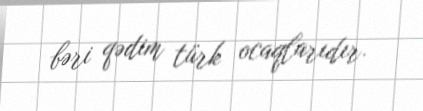
bəri qədim türk ocaqlarıdır.